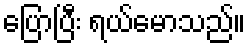
ပြောပြီး ရယ်မောသည်။